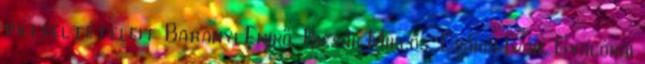
dili feltételeit Baranyi Enikő, Bicsák Miklós, Csákai Iván, Gyalókai